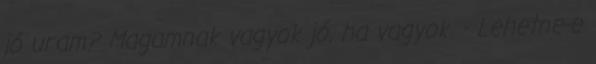
jó uram? Magamnak vagyok jó, ha vagyok. - Lehetne-e